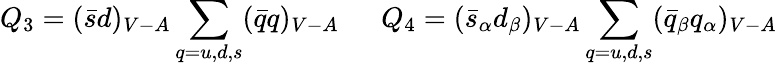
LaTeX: Q_{3}=(\bar{s}d)_{V-A}\sum_{q=u,d,s}(\bar{q}q)_{V-A}~~~~~~Q_{4}=(\bar{s}_{\alpha}d_{\beta})_{V-A}\sum_{q=u,d,s}(\bar{q}_{\beta}q_{\alpha})_{V-A}